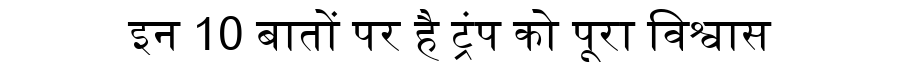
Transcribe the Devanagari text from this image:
इन 10 बातों पर है ट्रंप को पूरा विश्वास